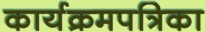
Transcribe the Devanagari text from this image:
कार्यक्रमपत्रिका